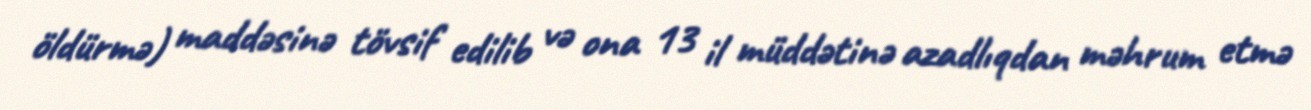
öldürmə) maddəsinə tövsif edilib və ona 13 il müddətinə azadlıqdan məhrum etmə